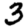
Digit: 3